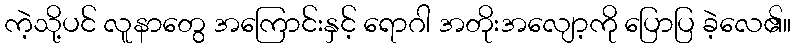
ကဲ့သို့ပင် လူနာတွေ အကြောင်းနှင့် ရောဂါ အတိုးအလျော့ကို ပြောပြ ခဲ့လေ၏။